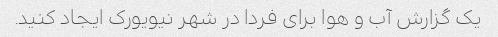
یک گزارش آب و هوا برای فردا در شهر نیویورک ایجاد کنید.